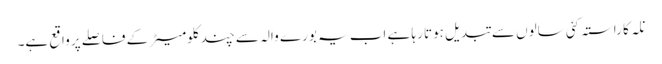
نلہ کا راستہ کئی سالوں سے تبدیل ہوتا رہا ہے اب یہ بورے والہ سے چند کلومیٹر کے فاصلے پر واقع ہے۔